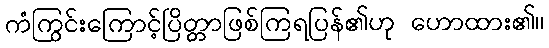
ကံကြွင်းကြောင့်ပြိတ္တာဖြစ်ကြရပြန်၏ဟု ဟောထား၏။